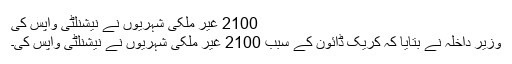
2100 غیر ملکی شہریوں نے نیشنلٹی واپس کی
وزیر داخلہ نے بتایا کہ کریک ڈائون کے سبب 2100 غیر ملکی شہریوں نے نیشنلٹی واپس کی۔